Report on the working of the mental hospitals for Indians in Bihar and Orissa - 1925-1929
Year: 1925
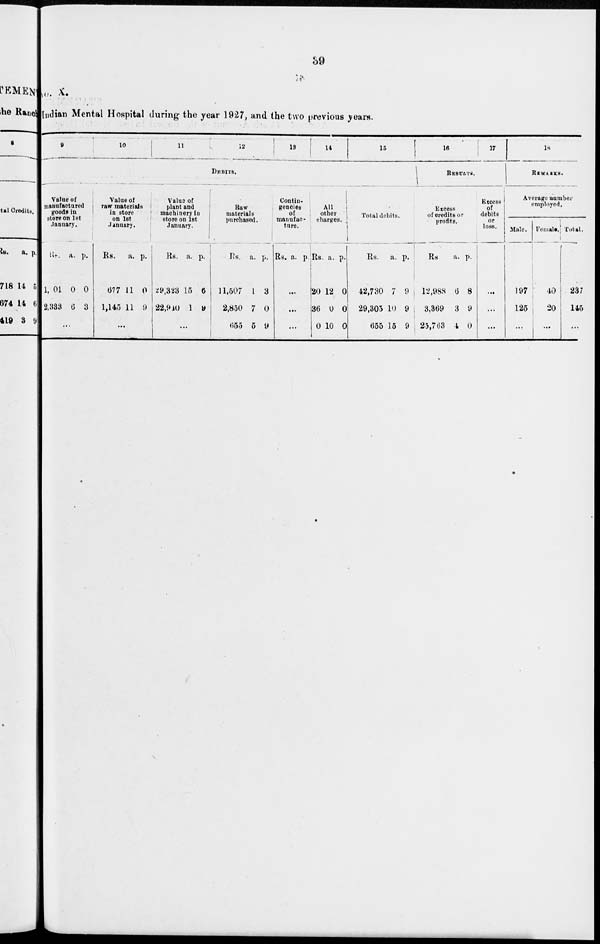
39
No. X.
Indian Mental Hospital during the year 1927, and the two previous years.
9
10
11
12
13
14
15
DEBITS.
Value of
manufactured
goods in
store on 1st
January.
Rs.
1,01
2,333
a.
0
6
p.
0
3
...
Value of
raw materials
in store
on 1st
January.
Rs.
677
1,145
a.
11
11
p.
0
9
...
Value of
plant and
machinery in
store on 1st
January.
Rs.
29,323
22,910
a.
15
1
p.
6
9
...
Raw
materials
purchased.
Rs.
11,507
2,850
655
a.
1
7
5
p.
3
0
9
Contin-
gencies
of
manufac-
ture.
Rs. a. p.
...
...
...
All
other
charges.
Rs.
20
36
0
a.
12
0
10
p.
0
0
0
Total debits.
Rs.
42,730
29,305
655
a.
7
10
15
p.
9
9
9
16
17
RESULTS.
Excess
of credits or
profits.
Rs.
12,988
3,369
25,763
a.
6
3
4
p.
8
9
0
Excess
of
debits
or
loss.
...
...
...
18
REMARKS.
Average number
employed.
Male.
197
125
Female.
40
20
...
Total.
237
145
...